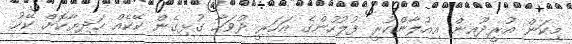
މިކަން އުރީދޫއިން އިއުލާންކުރީ ފުލުހުންގެ އަހަރީ ދުވަހާ ގުޅިގެން ކޭކެއް ހަދިޔާކޮށް ކޭކު